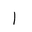
Letter: _alif